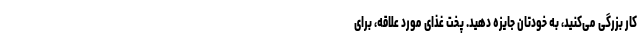
کار بزرگی می‌کنید، به خودتان جایزه دهید. پخت غذای مورد علاقه، برای